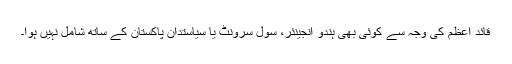
قائد اعظم کی وجہ سے کوئی بھی ہندو انجینئر، سول سرونٹ یا سیاستدان پاکستان کے ساتھ شامل نہیں ہوا۔